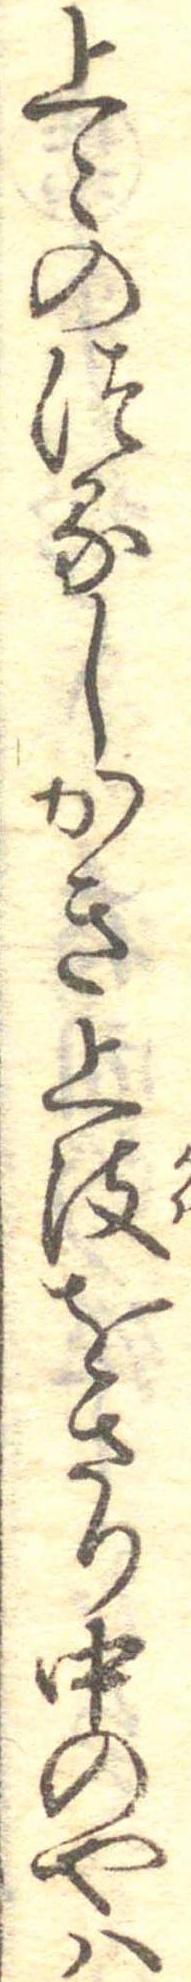
上〻のつるしかき上皮をさり中のやは